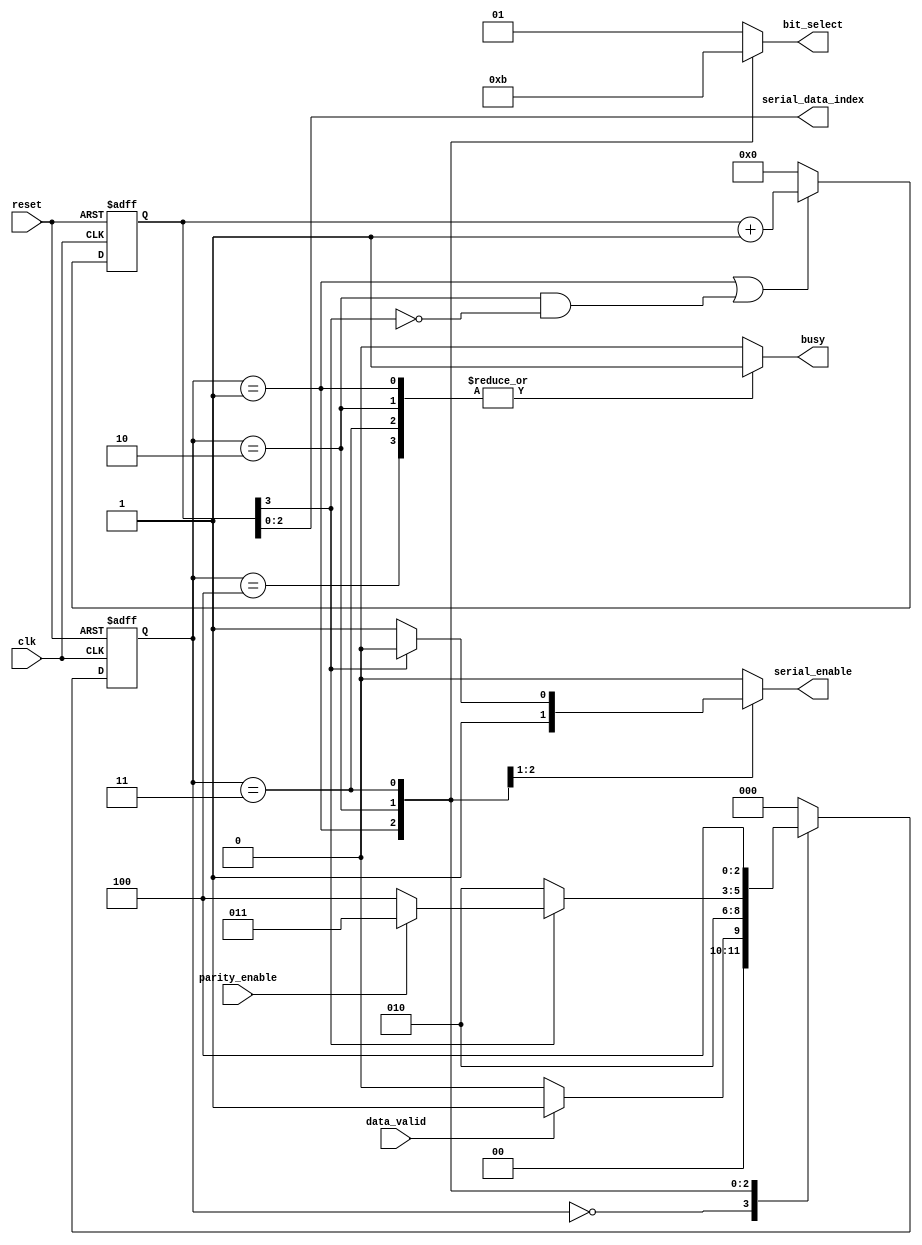
/*
* ----------------------------- Ports' Definition -----------------------------
* ----------------------------- Inputs -----------------------------
* clk:               Generated clock produced from the clock divider whose source clock is
*                    UART clock.
* reset:             Global active low asynchronous reset after synchronization.
* parity_enable:     A signal to enable the transmission of the parity bit in the frame.
* data_valid:        A signal that indicates that there exist data to be transmitted.
* 
* ----------------------------- Outputs -----------------------------
* serial_enable:    A signal to enable the operation of the serializer.
* bit_select:       The output mux selection bits that selects the output 
*                   bit (start bit, serial data bit, parity bit, or stop bit).
*                   The value of those selection bits is decided according to the current
*                   state of the transmission.
* seial_data_index: A number between 0 and 7 that indicates the index of the bit to be 
*                   transmitted serially.
* busy:             A signal that indicates that the transmitter is currently in operation
*                   and it can't transmit new data.
*/

module UART_transmitter_FSM # (
    parameter DATA_WIDTH = 8,

    // Bit select values
    parameter [1:0] START_BIT_SELECT = 2'b00,
    parameter [1:0] STOP_BIT_SELECT = 2'b01,
    parameter [1:0] SERIAL_DATA_BIT_SELECT = 2'b10,
    parameter [1:0] PARITY_BIT_SELECT = 2'b11
)
(
    input clk,
    input reset,
    input parity_enable,
    input data_valid,

    output reg serial_enable,
    output reg [1:0] bit_select,
    output wire [$clog2(DATA_WIDTH) - 1:0] serial_data_index,
    output reg busy
);

    // A register that saves the index of the bit to be transmitted
    // When the value of this register equals 1000, this means that the byte is completely transmitted
    reg [$clog2(DATA_WIDTH):0] serial_data_transmission_state;

    // FSM state register signals
    reg [2:0] current_state;
    reg [2:0] next_state;


    // FSM state encoding
    localparam [2:0] IDLE = 3'b000;
    localparam [2:0] START_BIT_TRANSMISSION = 3'b001;
    localparam [2:0] SERIAL_DATA_TRANSMISSION = 3'b010;
    localparam [2:0] PARTIY_BIT_TRANSMISSION = 3'b011;
    localparam [2:0] STOP_BIT_TRANSMISSION = 3'b100;


    // 'Serial data index' register
    always @(posedge clk or negedge reset) begin
        if (~reset) begin
            serial_data_transmission_state <= 'b0;
        end
        // When the current state is 'SERIAL_DATA_TRANSMISSION', it should immediately transmit
        // the bit number 0, so when the current state is 'START_BIT_TRANSMISSION' (which is sampled
        // at the edge just before the current state changes to 'SERIAL_DATA_TRANSMISSION', and at
        // that instant the serial data state is zero which means that this bit will be transmitted 
        // once the state becomes 'SERIAL_DATA_TRANSMISSION')
        // the serial data state should be incremented so that by sampling the data on 
        // the next edge, the transmitter sends the bit number 1 and so on.
        else if (current_state == START_BIT_TRANSMISSION |
                (current_state == SERIAL_DATA_TRANSMISSION 
                 & ~serial_data_transmission_state[$clog2(DATA_WIDTH)])) begin
            serial_data_transmission_state <= serial_data_transmission_state + 'b1;
        end
        else begin
            serial_data_transmission_state <= 'b0;
        end
    end

    assign serial_data_index = serial_data_transmission_state[$clog2(DATA_WIDTH) - 1:0];


    // State transition
    always @(posedge clk or negedge reset) begin
        if (~reset) begin
            current_state <= IDLE;
        end
        else begin
            current_state <= next_state;
        end
    end

    // Next state logic
    always @(*) begin
        case (current_state)
            IDLE: begin
                if (data_valid)
                begin
                    next_state = START_BIT_TRANSMISSION;
                end
                else
                begin
                    next_state = IDLE;
                end
            end

            START_BIT_TRANSMISSION: begin
                next_state = SERIAL_DATA_TRANSMISSION;
            end

            SERIAL_DATA_TRANSMISSION: begin
                // If the following condition is satisfied, this means that the byte is transmitted
                if (serial_data_transmission_state[$clog2(DATA_WIDTH)])
                begin
                    if (parity_enable)
                    begin
                        next_state = PARTIY_BIT_TRANSMISSION;
                    end
                    else
                    begin
                        next_state = STOP_BIT_TRANSMISSION;
                    end
                end
                else
                begin
                    next_state = SERIAL_DATA_TRANSMISSION;
                end
            end

            PARTIY_BIT_TRANSMISSION: begin
                next_state = STOP_BIT_TRANSMISSION;
            end

            STOP_BIT_TRANSMISSION: begin
                next_state = IDLE;
            end

            default: begin
                next_state = IDLE;
            end
        endcase
    end

    // Output logic
    always @(*) begin
        case (current_state)
            IDLE: begin
                busy = 1'b0;
                serial_enable = 1'b0;
                // The output at the IDLE state is the same as the stop bit (which is logic 1)
                bit_select = STOP_BIT_SELECT;
            end

            // The serial enable is enabled in this state because just after the sampling edge 
            // of this state, the state becomes 'SERIAL_DATA_TRANSMISSION' which means that the
            // serial data needs to be transmitted immediately
            START_BIT_TRANSMISSION: begin
                busy = 1'b1;
                serial_enable = 1'b1;
                bit_select = START_BIT_SELECT;
            end

            SERIAL_DATA_TRANSMISSION: begin
                busy = 1'b1;
                // If the following condition is satisfied, this means that the byte is transmitted
                if (serial_data_transmission_state[$clog2(DATA_WIDTH)]) begin
                    serial_enable = 1'b0;
                end
                else begin
                    serial_enable = 1'b1;
                end
                
                bit_select = SERIAL_DATA_BIT_SELECT;
            end

            PARTIY_BIT_TRANSMISSION: begin
                busy = 1'b1;
                serial_enable = 1'b0;
                bit_select = PARITY_BIT_SELECT;
            end

            STOP_BIT_TRANSMISSION: begin
                busy = 1'b1;
                serial_enable = 1'b0;
                bit_select = STOP_BIT_SELECT;
            end

            default: begin
                busy = 1'b0;
                serial_enable = 1'b0;
                bit_select = STOP_BIT_SELECT;
            end
        endcase
    end


endmodule